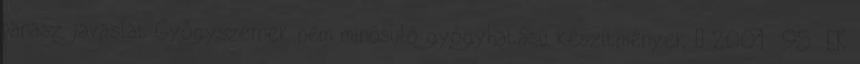
panasz, javaslat Gyógyszernek nem minősülő gyógyhatású készítmények  2001 95 EK